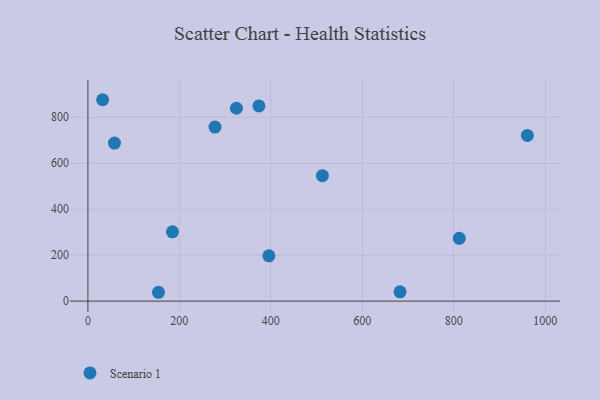
{"axis": {"x": "Price", "y": "Salary"}, "legend": ["Scenario 1"], "data": [{"x": "961.0", "y": 721.1, "type": "Scenario 1"}, {"x": "512.8", "y": 545.9, "type": "Scenario 1"}, {"x": "682.6", "y": 40.5, "type": "Scenario 1"}, {"x": "58.1", "y": 687.8, "type": "Scenario 1"}, {"x": "374.0", "y": 849.5, "type": "Scenario 1"}, {"x": "32.2", "y": 876.3, "type": "Scenario 1"}, {"x": "812.1", "y": 273.3, "type": "Scenario 1"}, {"x": "277.9", "y": 757.5, "type": "Scenario 1"}, {"x": "184.9", "y": 301.4, "type": "Scenario 1"}, {"x": "324.8", "y": 839.1, "type": "Scenario 1"}, {"x": "395.7", "y": 197.0, "type": "Scenario 1"}, {"x": "154.3", "y": 38.5, "type": "Scenario 1"}]}